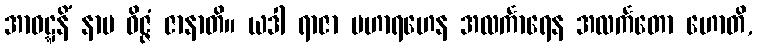
အာဝဋ္ဋနိံ နာမ ဝိဇ္ဇံ ဇာနာတိ။ ယဒါ ရာဇာ မဟာရဟေန အလင်္ကာရေန အလင်္ကတော ဟောတိ,